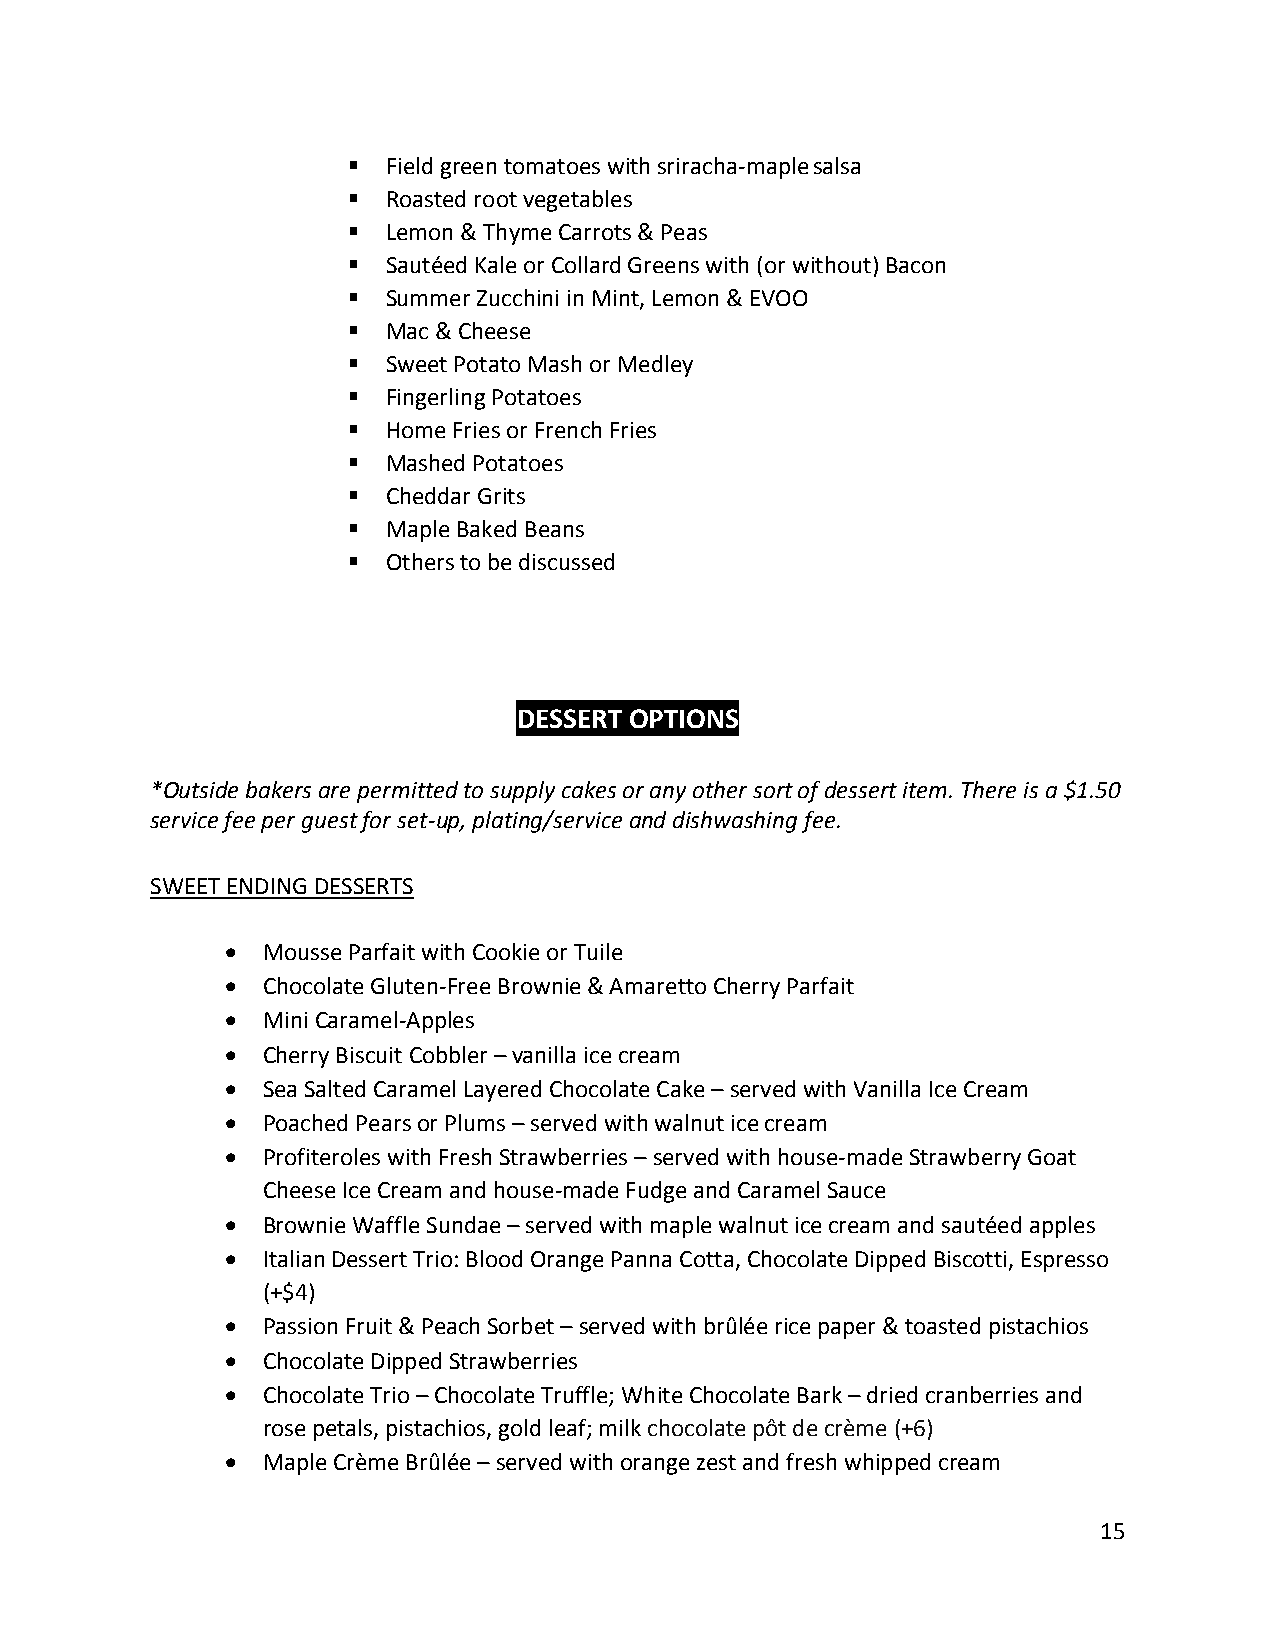
▪  Field green tomatoes with sriracha-maple salsa
 ▪  Roasted root vegetables
 ▪  Lemon & Thyme Carrots & Peas
 ▪  Sautéed Kale or Collard Greens with (or without) Bacon
 ▪  Summer Zucchini in Mint, Lemon & EVOO
 ▪  Mac & Cheese
 ▪  Sweet Potato Mash or Medley
 ▪  Fingerling Potatoes
 ▪  Home Fries or French Fries
 ▪  Mashed Potatoes
 ▪  Cheddar Grits
 ▪  Maple Baked Beans
 ▪  Others to be discussed
 DESSERT OPTIONS
 *Outside bakers are permitted to supply cakes or any other sort of dessert item. There is a $1.50
 service fee per guest for set-up, plating/service and dishwashing fee.
 SWEET ENDING DESSERTS
 • Mousse Parfait with Cookie or Tuile
 • Chocolate Gluten-Free Brownie & Amaretto Cherry Parfait
 • Mini Caramel-Apples
 • Cherry Biscuit Cobbler – vanilla ice cream
 • Sea Salted Caramel Layered Chocolate Cake – served with Vanilla Ice Cream
 • Poached Pears or Plums – served with walnut ice cream
 • Profiteroles with Fresh Strawberries – served with house-made Strawberry Goat
 Cheese Ice Cream and house-made Fudge and Caramel Sauce
 • Brownie Waffle Sundae – served with maple walnut ice cream and sautéed apples
 • Italian Dessert Trio: Blood Orange Panna Cotta, Chocolate Dipped Biscotti, Espresso
 (+$4)
 • Passion Fruit & Peach Sorbet – served with brûlée rice paper & toasted pistachios
 • Chocolate Dipped Strawberries
 • Chocolate Trio – Chocolate Truffle; White Chocolate Bark – dried cranberries and
 rose petals, pistachios, gold leaf; milk chocolate pôt de crème (+6)
 • Maple Crème Brûlée – served with orange zest and fresh whipped cream
 15